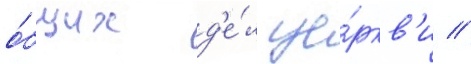
о́бщих д'е́л це́ркв'и //